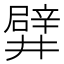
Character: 𨐨